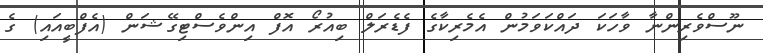
ނޫސްވެރިންނާ ވާހަކަ ދައްކަވަމުން އެމެރިކާގެ ފެޑެރަލް ބިއުރޯ އޮފް އިންވެސްޓިގޭޝަން (އެފްބީއައި) ގެ